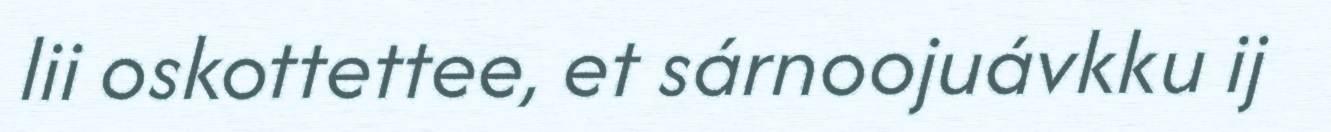
lii oskottettee, et sárnoojuávkku ij